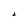
Character: 2